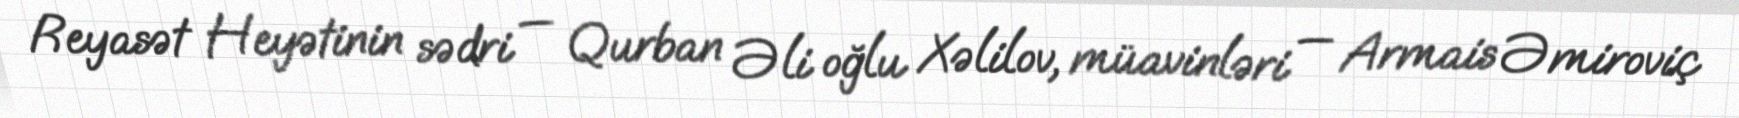
Reyasət Heyətinin sədri — Qurban Əli oğlu Xəlilov, müavinləri — Armais Əmiroviç